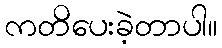
ကတိပေးခဲ့တာပါ။